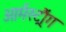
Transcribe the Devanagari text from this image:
आर्मस्ट्रौंग